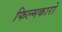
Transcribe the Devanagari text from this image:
फिल्मकारो